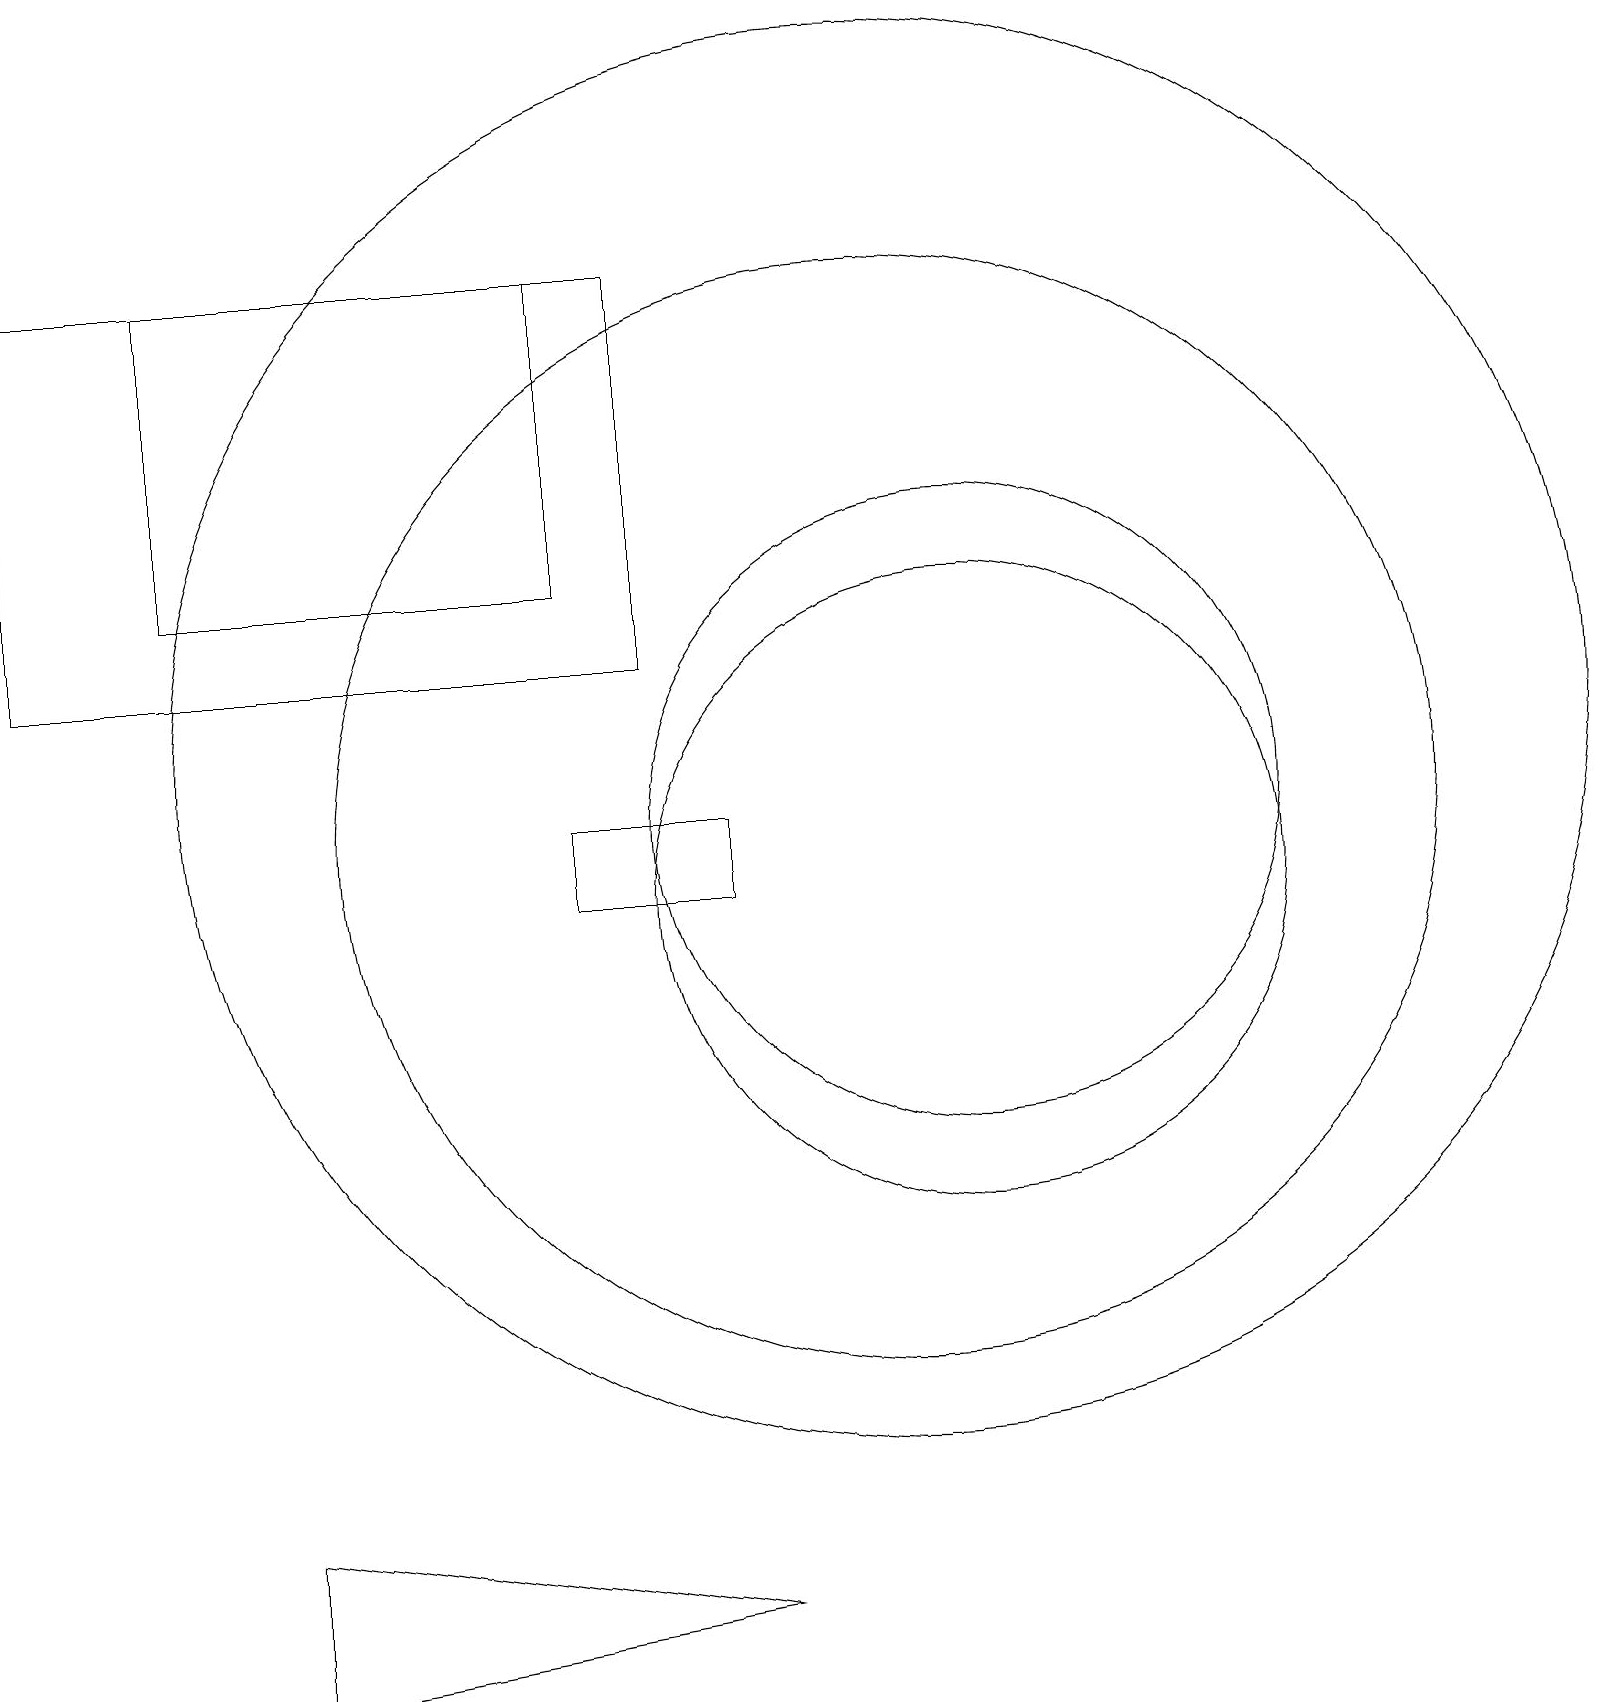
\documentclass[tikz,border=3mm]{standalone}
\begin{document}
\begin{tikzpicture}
\draw (3,0) -- (3,2) -- (9,1) -- cycle;
\draw (2,18) rectangle (7,14);
\draw (12,10) circle (4);
\draw (0,13) rectangle (8,18);
\draw (9,11) rectangle (7,10);
\draw (11,11) circle (7);
\draw (12,11) circle (4);
\draw (11,12) circle (9);
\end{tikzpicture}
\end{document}